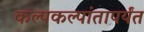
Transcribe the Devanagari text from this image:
कल्पकल्पांतापर्यंत